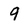
Character: 9